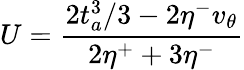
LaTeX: U=\frac{2t_{a}^{3}/3-2\eta^{-}v_{\theta}}{2\eta^{+}+3\eta^{-}}